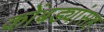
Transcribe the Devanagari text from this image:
कोंबड्यांसह